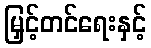
မြှင့်တင်ရေးနှင့်